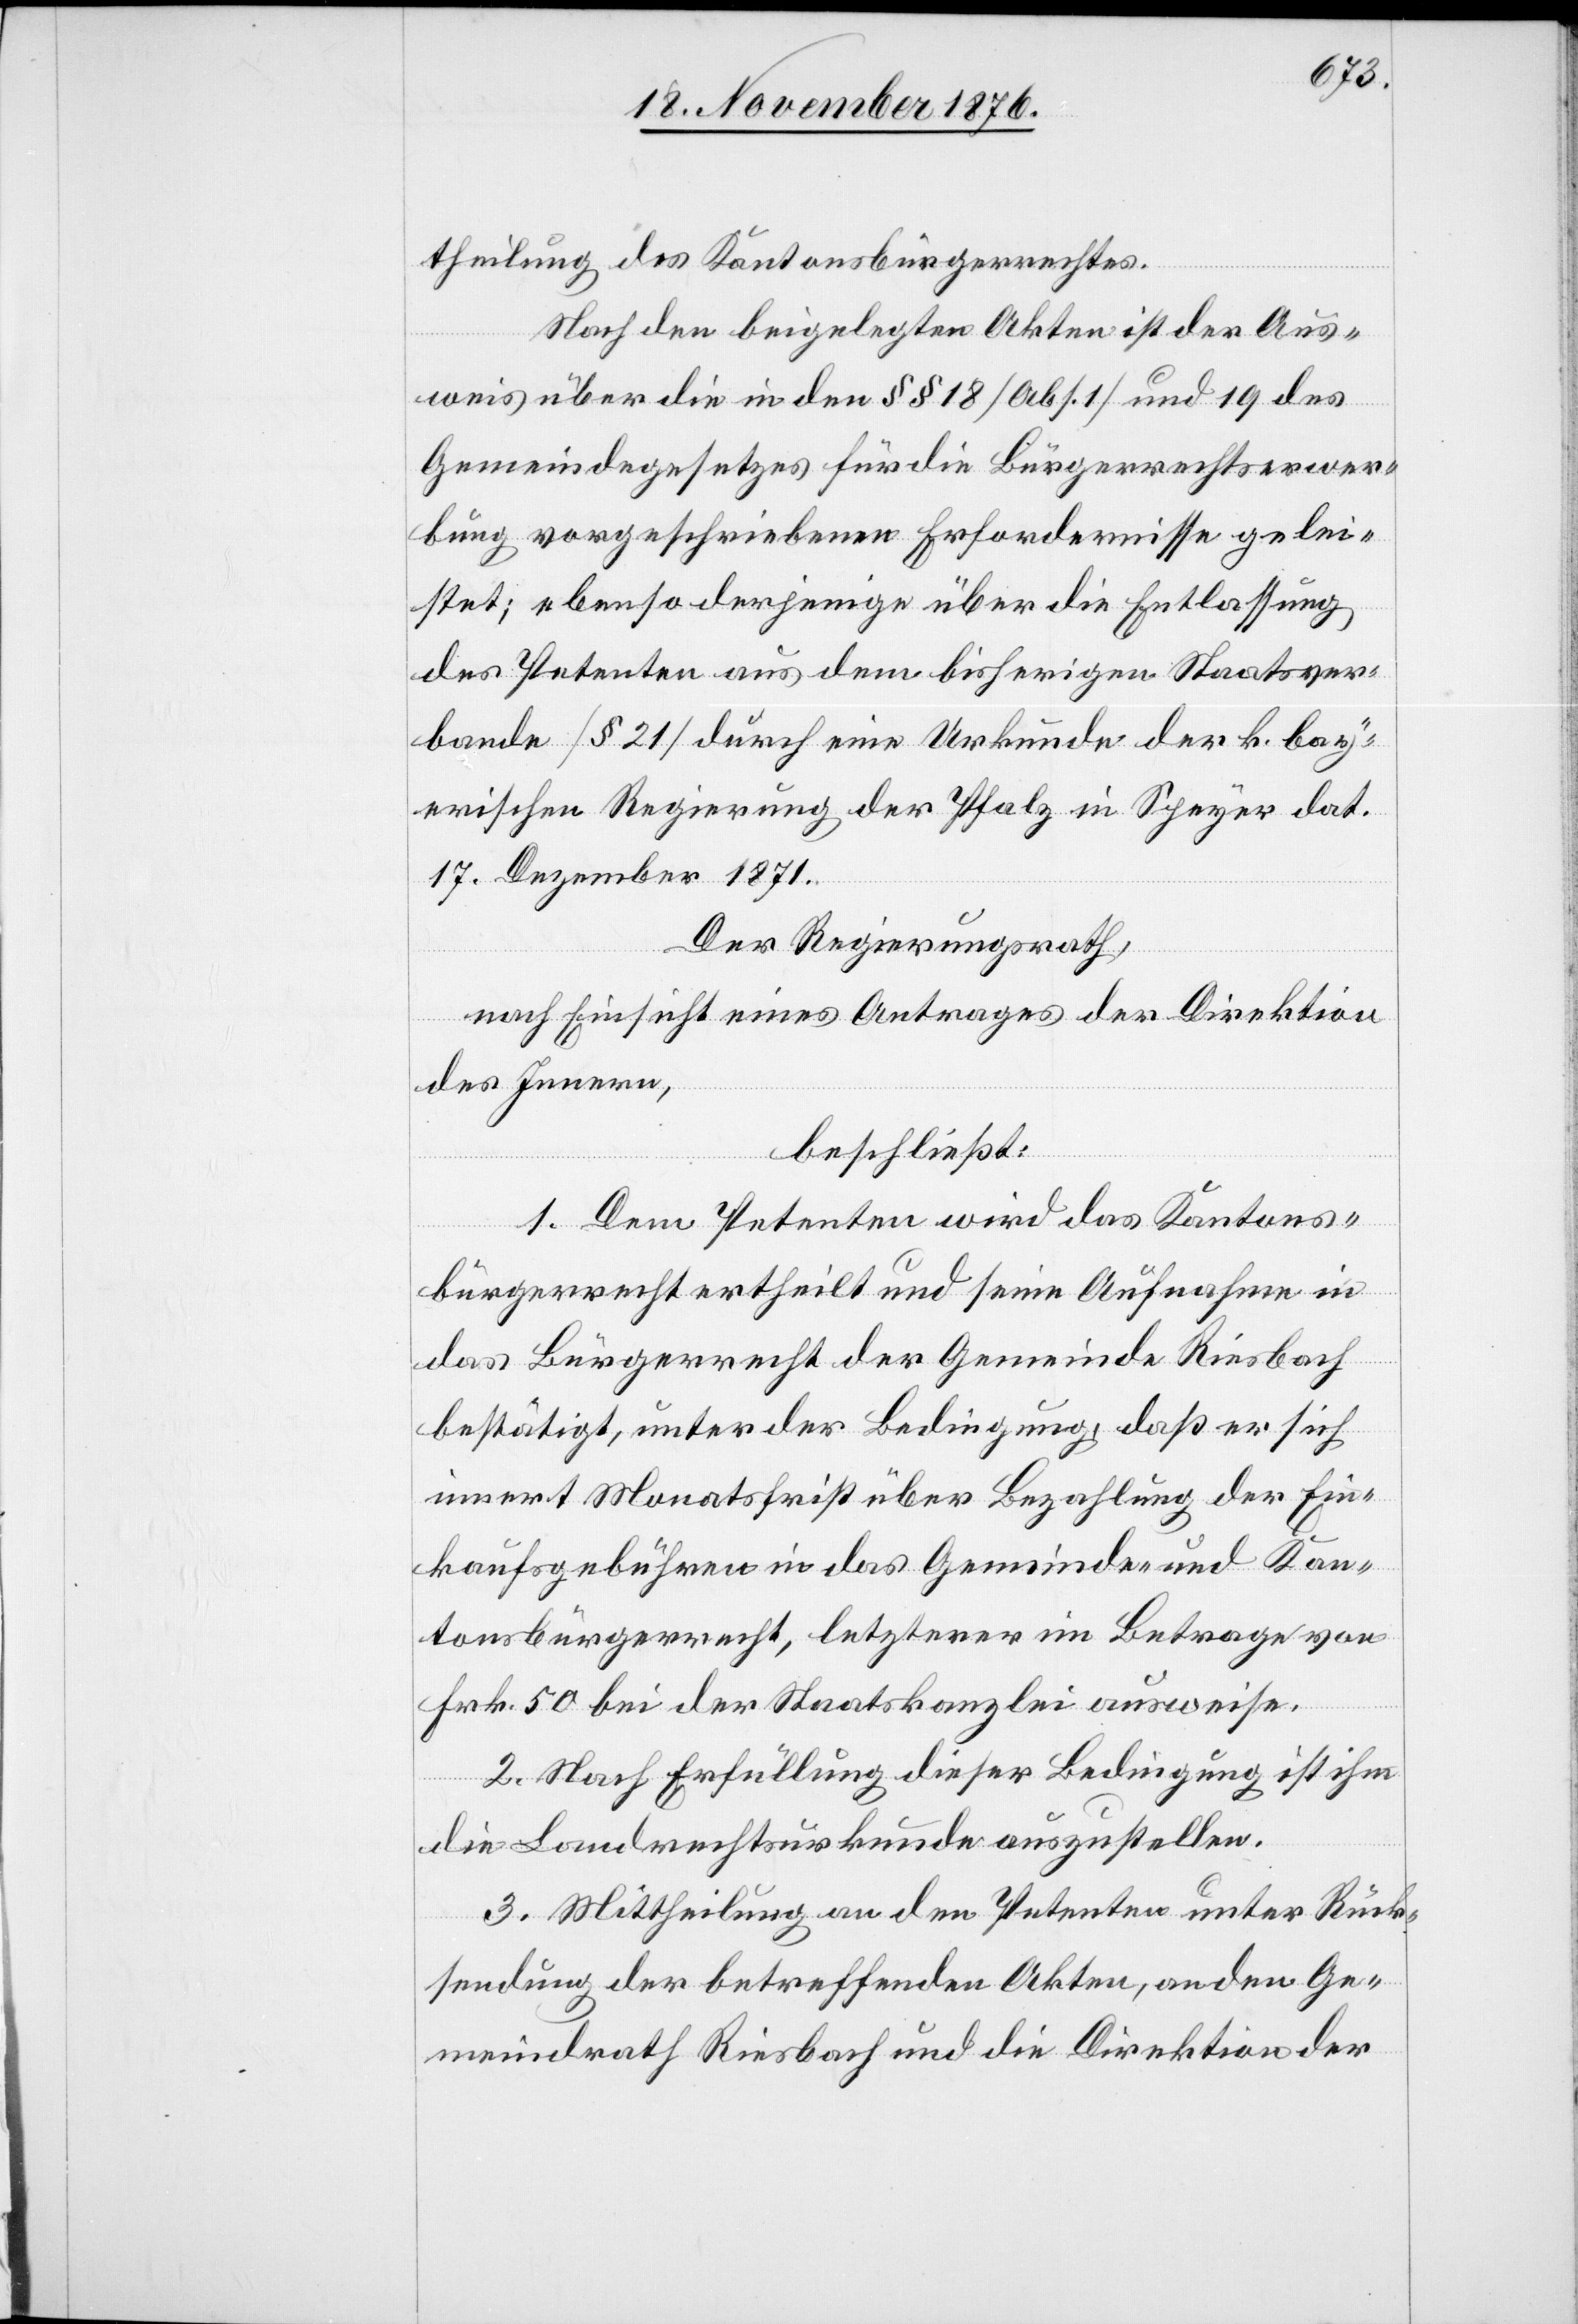
theilung des Kantonsbürgerrechtes.
Nach den beigelegten Akten ist der Aus¬
weis über die in den §§ 18 [Abs. 1] und 19 des
Gemeindegesetzes für die Bürgerrechtserwer¬
bung vorgeschriebenen Erfordernisse gelei¬
stet; ebenso derjenige über die Entlassung
des Petenten aus dem bisherigen Staatsver¬
bande [§ 21] durch eine Urkunde der k. bay¬
erischen Regierung der Pfalz in Speyer dat.
17. Dezember 1871.
Der Regierungsrath,
nach Einsicht eines Antrages der Direktion
des Innern,
beschließt:
1. Dem Petenten wird das Kantons¬
bürgerrecht ertheilt und seine Aufnahme in
das Bürgerrecht der Gemeinde Riesbach
bestätigt, unter der Bedingung, daß er sich
innert Monatsfrist über Bezahlung der Ein¬
kaufsgebühren in das Gemeinde- und Kan¬
tonsbürgerrecht, letzterer im Betrage von
Frk. 50 bei der Staatskanzlei ausweise.
2. Nach Erfüllung dieser Bedingung ist ihm
die Landrechtsurkunde auszustellen.
3. Mittheilung an den Petenten unter Rück¬
sendung der betreffenden Akten, an den Ge¬
meindrath Riesbach und die Direktion der